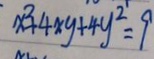
x ^ { 2 } + 4 x y + 4 y ^ { 2 } = 9